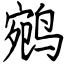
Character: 鹓